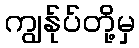
ကျွန်ုပ်တို့မှ